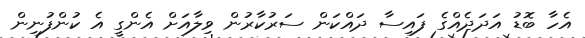
އެހާ ބޮޑު އަދަދެއްގެ ފައިސާ ދައްކަން ސަރުކާރުން ވިލާއަށް އެންގީ އެ ކުންފުނިން